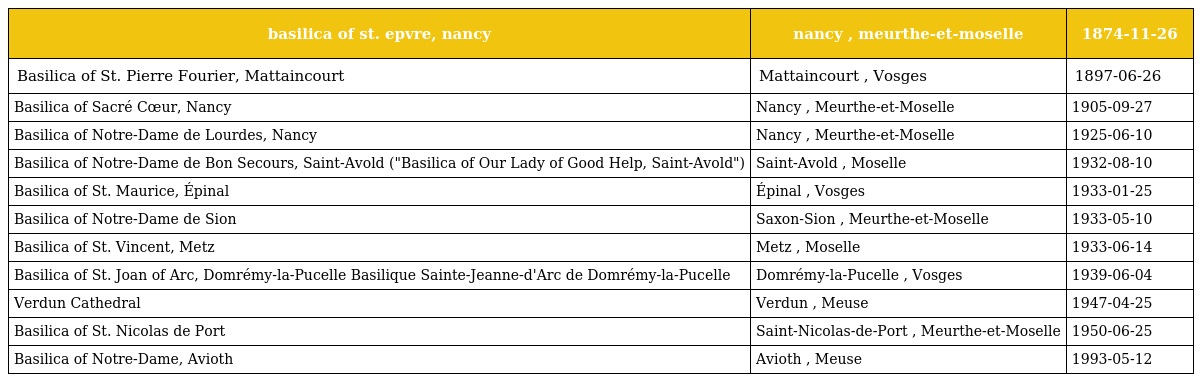
| basilica of st. epvre, nancy | nancy , meurthe-et-moselle | 1874-11-26 |
 | --- | --- | --- |
 | Basilica of St. Pierre Fourier, Mattaincourt | Mattaincourt , Vosges | 1897-06-26 |
 | Basilica of Sacré Cœur, Nancy | Nancy , Meurthe-et-Moselle | 1905-09-27 |
 | Basilica of Notre-Dame de Lourdes, Nancy | Nancy , Meurthe-et-Moselle | 1925-06-10 |
 | Basilica of Notre-Dame de Bon Secours, Saint-Avold ("Basilica of Our Lady of Good Help, Saint-Avold") | Saint-Avold , Moselle | 1932-08-10 |
 | Basilica of St. Maurice, Épinal | Épinal , Vosges | 1933-01-25 |
 | Basilica of Notre-Dame de Sion | Saxon-Sion , Meurthe-et-Moselle | 1933-05-10 |
 | Basilica of St. Vincent, Metz | Metz , Moselle | 1933-06-14 |
 | Basilica of St. Joan of Arc, Domrémy-la-Pucelle Basilique Sainte-Jeanne-d'Arc de Domrémy-la-Pucelle | Domrémy-la-Pucelle , Vosges | 1939-06-04 |
 | Verdun Cathedral | Verdun , Meuse | 1947-04-25 |
 | Basilica of St. Nicolas de Port | Saint-Nicolas-de-Port , Meurthe-et-Moselle | 1950-06-25 |
 | Basilica of Notre-Dame, Avioth | Avioth , Meuse | 1993-05-12 |